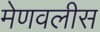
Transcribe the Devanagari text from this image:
मेणवलीस